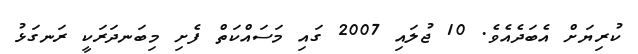
ކުރިޔަށް އެބަދެއެވެ. 10 ޖުލައި 2007 ގައި މަސައްކަތް ފެށި މިބަނދަރަކީ ރަނގަޅު